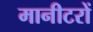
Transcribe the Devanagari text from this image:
मानीटरों